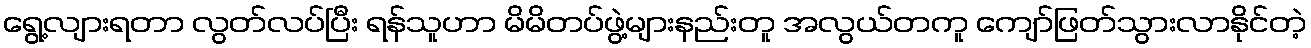
ရွေ့လျားရတာ လွတ်လပ်ပြီး ရန်သူဟာ မိမိတပ်ဖွဲ့များနည်းတူ အလွယ်တကူ ကျော်ဖြတ်သွားလာနိုင်တဲ့